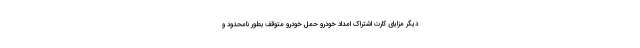
دیگر مزایای کارت اشتراک امداد خودرو حمل خودرو متوقف بطور نامحدود و